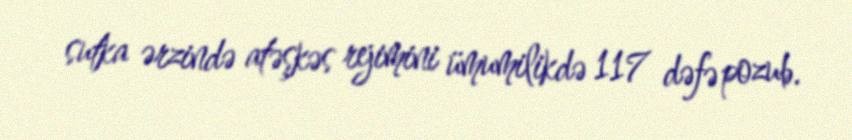
sutka ərzində atəşkəs rejimini ümumilikdə 117 dəfə pozub.